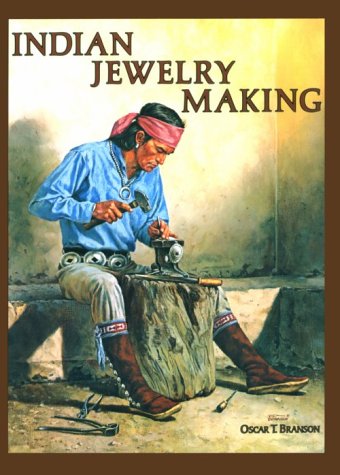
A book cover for Indian Jewelry Making (Jewelry Crafts); O. T. Branson; Crafts, Hobbies & Home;